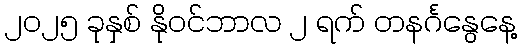
၂၀၂၅ ခုနှစ် နိုဝင်ဘာလ ၂ ရက် တနင်္ဂနွေနေ့